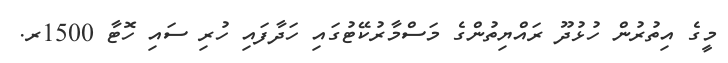
މީގެ އިތުރުން ހުޅުދޫ ރައްޔިތުންގެ މަސްމާރުކޭޓުގައި ހަދާފައި ހުރި ސައި ހޮޓާ 1500ރ.